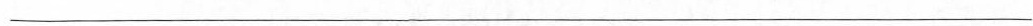
___